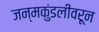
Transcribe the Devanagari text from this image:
जन्मकुंडलीवरून